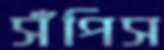
সঁপিস